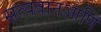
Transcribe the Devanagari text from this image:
सत्यवानआणि